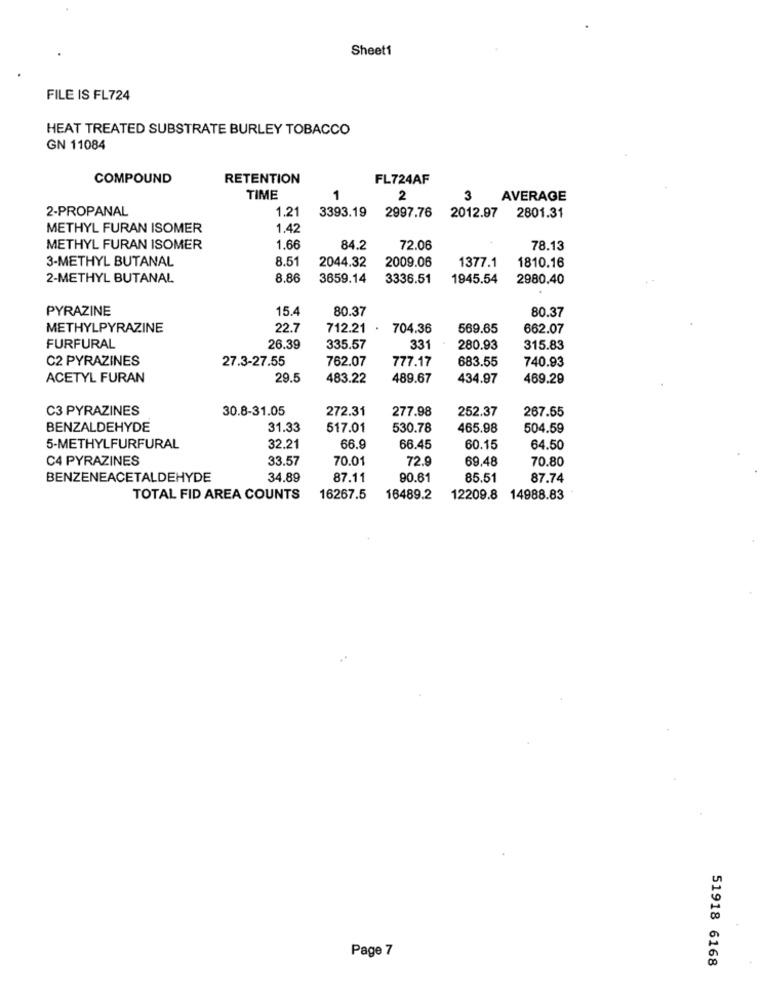
Sheet1
FILE IS FL724
HEAT TREATED SUBSTRATE BURLEY TOBACCO
GN 11084
COMPOUND
RETENTION
FL724AF
TIME
1
2
3
AVERAGE
2-PROPANAL
1.21
3393.19
2997.76
2012.97
2801.31
METHYL FURAN ISOMER
1.42
METHYL FURAN ISOMER
1.66
84.2
72.06
78.13
3-METHYL BUTANAL
8.51
2044.32
2009.06
1377.1
1810.16
2-METHYL BUTANAL
8.86
3659.14
3336.51
1945.54
2980.40
PYRAZINE
15.4
80.37
80.37
METHYLPYRAZINE
22.7
712.21
704.36
569.65
662.07
FURFURAL
26.39
335.57
331
280.93
315.83
C2 PYRAZINES
27.3-27.55
762.07
683.55
740.93
777.17
ACETYL FURAN
29.5
483.22
489.67
434.97
469.29
C3 PYRAZINES
30.8-31.05
272.31
277.98
252.37
267.55
BENZALDEHYDE
31.33
517.01
530.78
465.98
504.59
5-METHYLFURFURAL
32.21
66.9
66.45
60.15
64.50
C4 PYRAZINES
33.57
70.01
72.9
69.48
70.80
BENZENEACETALDEHYDE
34.89
87.11
90.61
85.51
87.74
TOTAL FID AREA COUNTS
16267.5
16489.2
12209.8 14988.83
Page 7
51918 6168